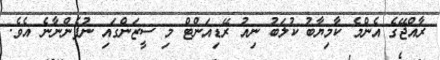
ރާއްޖޭގެ އެންމެ ކާމިޔާބު ކުލަބު ނިއު ރޭޑިއަންޓް މި ސީޒަންގައި ނުފެންނާނެ އެވެ.